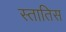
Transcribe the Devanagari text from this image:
स्तातिस